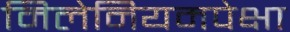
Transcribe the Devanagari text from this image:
मिलेनियमपेक्षा